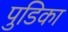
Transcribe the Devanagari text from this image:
पुडिका